Medical and sanitary report of the native army of Bengal for the year
Year: 1877
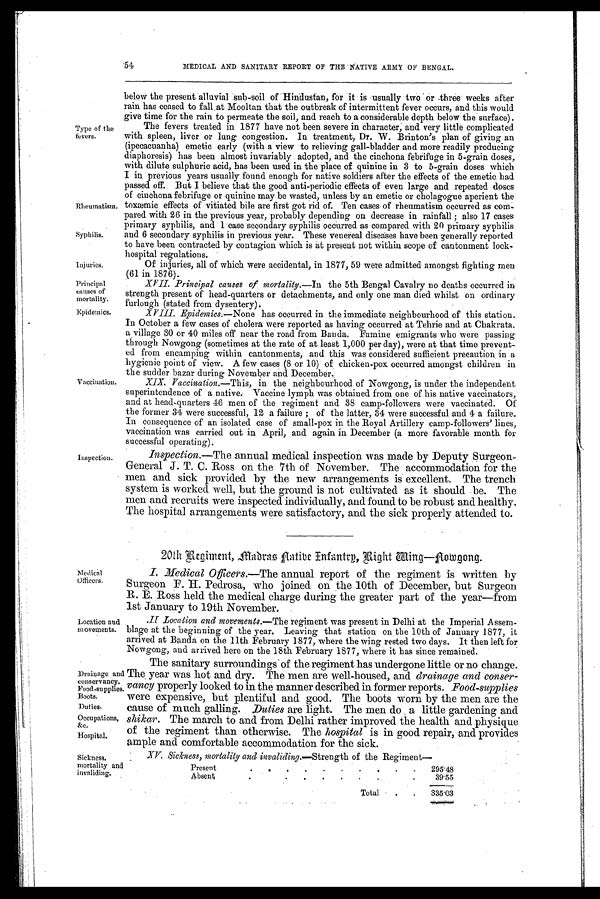
Rheumatism.
Syphilis.
Injuries.
Principal
causes of
mortality.
Epidemics.
Location and
movements.
Drainage and
conservancy.
F o
od-supplies.
Boots.
Duties.
Occupations,
&c.
Hospital.
54
Type of the
fevers.
Vaccination.
Inspection.
Medical
Officers.
MEDICAL AND SANITARY REPORT OF THE NATIVE ARMY OF BENGAL.
below the present alluvial sub-soil of Hindustan, for it is usually two or three weeks after
rain has ceased to fall . at Mooltan that the outbreak of intermittent fever occurs, and this would
give time for the rain to permeate the soil, and reach to a considerable depth below the surface).
The fevers treated in 1877 have not been severe in Character, and very little complicated
with spleen, liver or lung congestion. In treatment, Dr. W. Brinton's plan of giving an
(ipecacuanha) emetic early (with a view to relieving gall-bladder and more readily producing
diaphoresis) has been almost invariably adopted, and the cinchona febrifuge in 5-grain doses,
with dilute sulphuric acid, has been used in the place of quinine in 3 to 5-grain doses which
I in previous years usually found enough for native soldiers after the effects of the emetic had
passed off. But I believe that the good anti-periodic effects of even large and repeated doses
of cinchona febrifuge or quinine may be wasted, unless by an emetic or cholagogue aperient the
toxæmic effects of vitiated bile are first got rid of. Ten cases of rheumatism occurred as com-
pared with 26 in the previous year, probably depending on decrease in rainfall; also 17 cases
primary syphilis, and 1 case secondary syphilis occurred as compared with 20 primary syphilis
and 6 secondary syphilis in previous year. These venereal diseases have been generally reported
to have been contracted by contagion which is at present not within scope of cantonment lock-
hospital regulations.
Of injuries, all of which were accidental, in 1877, 59 were admitted amongst fighting men
(61 in 1876).
XVII. Principal causes of mortality.— In the 5th Bengal Cavalry no deaths occurred in
strength present of head-quarters or detachments, and only one man died whilst on ordinary
furlough (stated from dysentery).
Epidemics.— None has occurred in the immediate neighbourhood of this station.
In October a few cases of cholera were reported as having occurred at Tehrie and at Chakrata.
a village 30 or 40 miles off near the road from Banda. Famine emigrants who were passing
through Nowgong (sometimes at the rate of at least 1,000 per day), were at that time prevent-
ed from encamping within cantonments, and this was considered sufficient precaution . in a
hygienic point of view. A few cases (8 or 10) of chicken-pox occurred amongst children in
the sudder bazar during November and December.
XIX. Vaccination.—This, in the neighbourhood of Nowgong, is under the independent
superintendence of a native. Vaccine lymph was obtained from one of his native vaccinators,
and at head-quarters 46 men of the regiment and 38 camp-followers were vaccinated. Of
the former 34 were successful, 12 a failure; of the latter, 34 were successful and 4 a failure.
In consequence of an isolated case of small-pox in the Royal Artillery camp-followers' lines,
vaccination was carried out in April, and again in December (a more favorable month for
successful operating).
Inspection.—The annual medical inspection was made by Deputy Surgeon-
General J. T. C. Ross on the 7th of November. The accommodation for the
men and sick provided by the new arrangements is excellent. The trench.
system is worked well, but the ground is not cultivated as it should be. The
men and recruits were inspected individually, and found to be robust and healthy.
The hospital arrangements were satisfactory, and the sick properly attended to.
•
2 0 t h . R e g i m e n t , m a d r a s A a t i v e I n f a n t r y ,
R i g h t W i n g — N o w g o n g . •
Medical Oificers.—The annual report of the regiment is written by
Surgeon F. H. Pedrosa, who joined on. the 10th of December, but Surgeon
R . E . R o s s h e l d t h e m e d i c a l c h a r g e d u r i n g t h e g r e a t e r p a r t o f t h e y e a r — f r o m
1st January to 19th November.
.II Location and movements.— The regiment was present in Delhi at the Imperial Assem-
blage at the beginning of the year. Leaving that station on the 10th of January 1877, it
arrived at Banda on the 11th February 1877, where the wing rested two days. It then left for
Nowgong, and arrived here on the 18th February 1877, where it has since remained.
The sanitary surroundings of the regiment has undergone little or no change.
The year was hot and dry. The men are well-housed, and drainage and conser
- vancy properly looked to in the manner described in former reports. Food-supplies
were expensive, but plentiful and good. The boots worn by the men are the
cause of much galling. Duties are light. The men do a little gardening and
shikar. The march to and from Delhi rather improved the health and physique
of the regiment than otherwise. The hospital is in good repair, and provides
ample and comfortable accommodation for the sick.
Sickness.
mortality and
invaliding,
XV. Sickness, mortality and invaliding.— Strength of the Regiment—
Present
. .
. .
.
. .
.
.
. 295.48
Absen
•
.
.
•
•
•
•
.
. .
39.55
Total
.
.
335.03